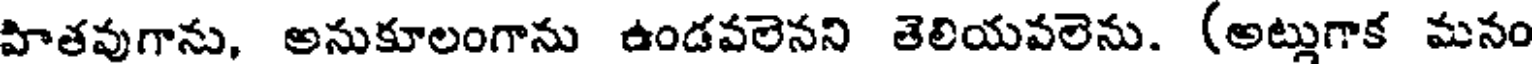
పాతవుగాను, అనుకూలంగాను ఉండవలెనని తెలియవలెను. (అట్లుగాక మనం